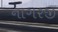
નાગરજી